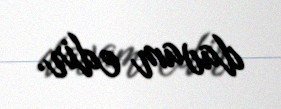
davam edir.